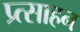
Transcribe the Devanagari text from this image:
प्र्त्साहन